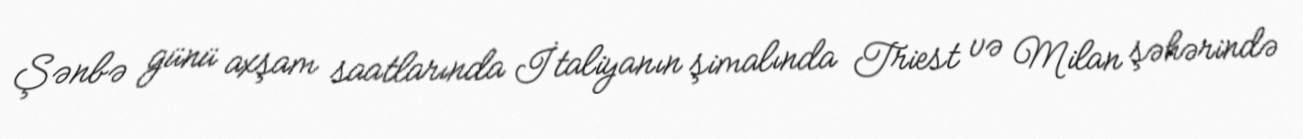
Şənbə günü axşam saatlarında İtaliyanın şimalında Triest və Milan şəhərində